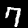
Label: 7